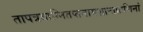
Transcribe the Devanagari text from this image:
तापत्रयाग्नितप्तनामशान्तप्राणिनां